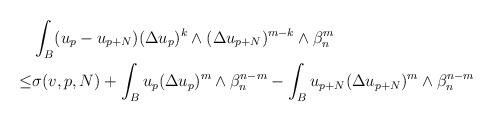
LaTeX: \begin{align*} \begin{aligned} &\int_{B}(u_p-u_{p+N})(\Delta u_p)^k\wedge(\Delta u_{p+N})^{m-k}\wedge\beta_n^m \\\leq & \sigma(v,p, N)+\int_B u_p(\Delta u_p)^m\wedge\beta_n^{n-m}-\int_B u_{p+N}(\Delta u_{p+N})^m\wedge\beta_n^{n-m}\end{aligned} \end{align*}